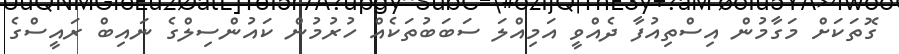
ގޮތަކަށް މަގާމުން އިސްތިއުފާ ދެއްވީ އަމިއްލަ ސަބަބުތަކެއް ހުރުމުން ކައުންސިލްގެ ނައިބް ރައީސްގެ